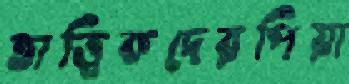
তাত্ত্বিকদেরপিয়া